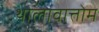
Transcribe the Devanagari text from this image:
थालावात्तोम